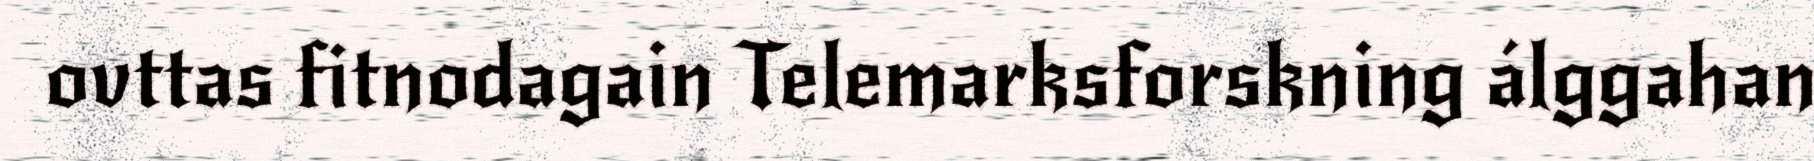
ovttas fitnodagain Telemarksforskning álggahan